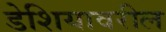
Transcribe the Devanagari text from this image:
डेशियावरील